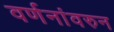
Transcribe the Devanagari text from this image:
वर्णनांवरुन